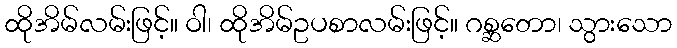
ထိုအိမ်လမ်းဖြင့်။ ဝါ၊ ထိုအိမ်ဥပစာလမ်းဖြင့်။ ဂစ္ဆတော၊ သွားသော